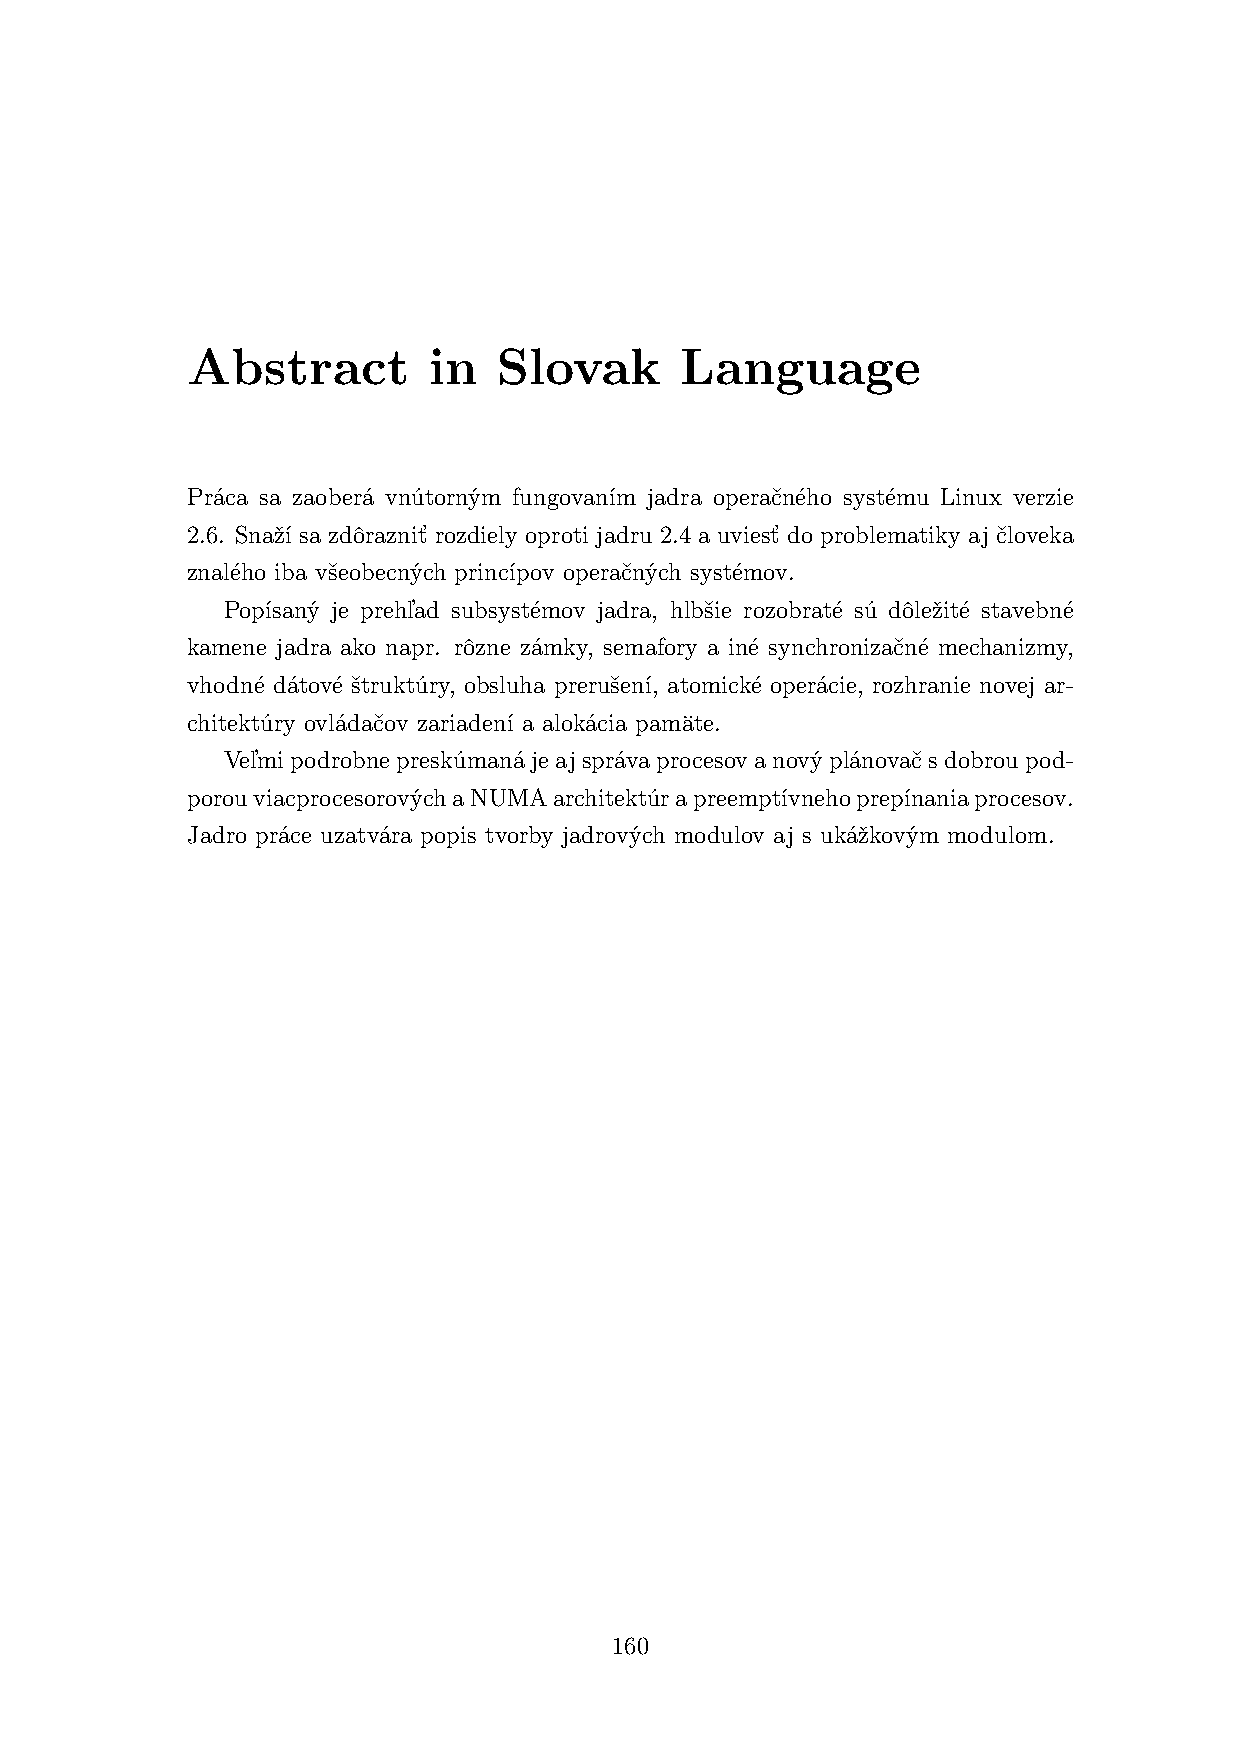
Abstract        in   Slovak      Language
 Práca sa zaoberá vnútorným fungovaním jadra operačného systému Linux verzie
 2.6. Snaží sa zdôrazniť rozdiely oproti jadru 2.4 a uviesť do problematiky aj človeka
 znalého iba všeobecných princípov operačných systémov.
 Popísaný je prehľad subsystémov jadra, hlbšie rozobraté sú dôležité stavebné
 kamene jadra ako napr. rôzne zámky, semafory a iné synchronizačné mechanizmy,
 vhodné dátové štruktúry, obsluha prerušení, atomické operácie, rozhranie novej ar-
 chitektúry ovládačov zariadení a alokácia pamäte.
 Veľmipodrobnepreskúmanájeajsprávaprocesovanovýplánovačsdobroupod-
 porouviacprocesorovýchaNUMAarchitektúrapreemptívnehoprepínaniaprocesov.
 Jadro práce uzatvára popis tvorby jadrových modulov aj s ukážkovým modulom.
 160